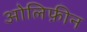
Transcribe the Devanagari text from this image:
ओलिफ़ीन